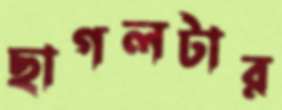
ছাগলটার